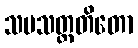
သမသတ္တတိတော